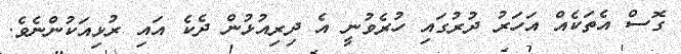
ގޮސް އެތަކެއް އަހަރު ދުރުގައި ހުރެވުނީ އެ ދިރިއުޅުން ދެކެ އައި ރުޅިއަކުންނެވެ.